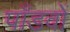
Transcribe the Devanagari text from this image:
पाँडवों